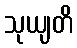
သုယျတိ